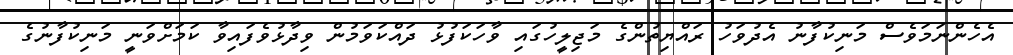
އެހެންނަމަވެސް މަނިކުފާނު އެދުވަހު ރައްޔިތުންގެ މަޖިލީހުގައި ވާހަކަފުޅު ދައްކަވަމުން ވިދާޅުވެފައިވާ ކަމަށްވަނީ މަނިކުފާނުގެ